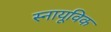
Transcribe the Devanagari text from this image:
स्नायूविक